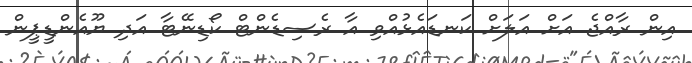
އިން ރާއްޖެ އަށް އަލަށް ކަނޑައެޅުއްވި އާ ރެސިޑެންޓް ކޯޑިނޭޓާ އަދި ޔޫއެންޑީޕީން